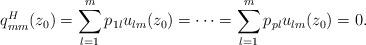
LaTeX: \begin{align*}q_{mm}^H(z_0)=\sum_{l=1}^m p_{1l}u_{lm}(z_0)=\cdots=\sum_{l=1}^m p_{pl}u_{lm}(z_0)=0.\end{align*}